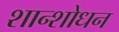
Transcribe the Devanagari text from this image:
शान्शोधन